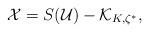
LaTeX: \begin{align*}\mathcal{X} = S(\mathcal{U}) - \mathcal{K}_{K,\zeta^*}, \end{align*}